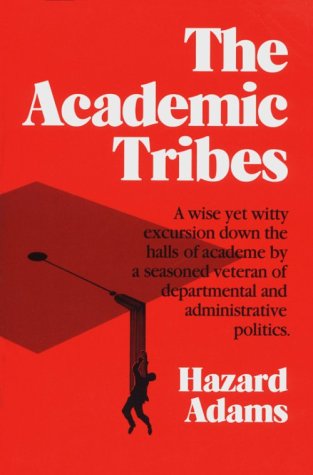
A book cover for ACADEMIC TRIBES 2ND ED; Hazard Adams; Humor & Entertainment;